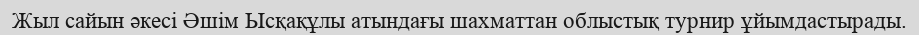
Жыл сайын әкесі Әшім Ысқақұлы атындағы шахматтан облыстық турнир ұйымдастырады.